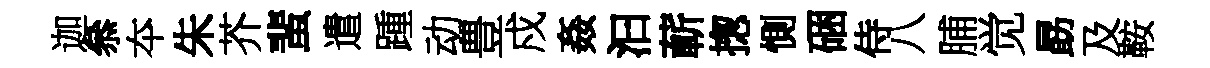
迦叅夲朱芥蜚遣踵动豊戍姦汩蔪揔惻硱侍八脯觉勗及鞍